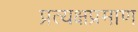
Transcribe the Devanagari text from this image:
प्रत्यक्षप्रमाण